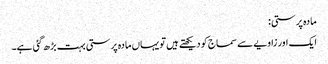
مادہ پرستی:
ایک اور زاویے سے سماج کو دیکھتے ہیں تو یہاں مادہ پرستی بہت بڑھ گئی ہے۔